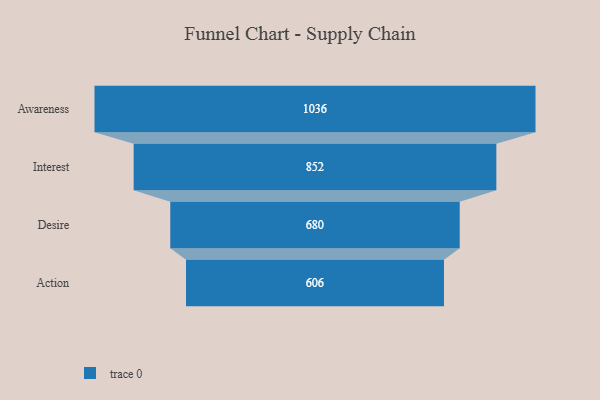
{"axis": {"x": "Stage", "y": "Value"}, "legend": [""], "data": [{"x": "Awareness", "y": 1036.0, "type": ""}, {"x": "Interest", "y": 852.0, "type": ""}, {"x": "Desire", "y": 680.0, "type": ""}, {"x": "Action", "y": 606.0, "type": ""}]}